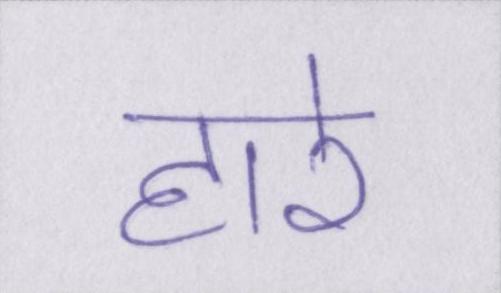
हारे